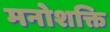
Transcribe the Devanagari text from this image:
मनोशक्ति